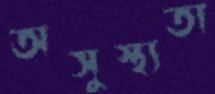
অসুস্থ্যতা